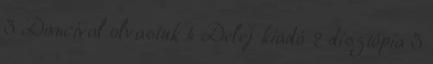
3 Dancival olvastuk 4 Delej kiadó 2 dísztópia 3